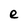
Character: e